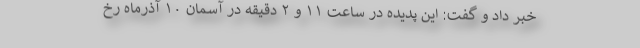
خبر داد و گفت: این پدیده در ساعت ۱۱ و ۲ دقیقه در آسمان ۱۰ آذرماه رخ